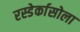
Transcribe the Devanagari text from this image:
रस्डेर्कासोला